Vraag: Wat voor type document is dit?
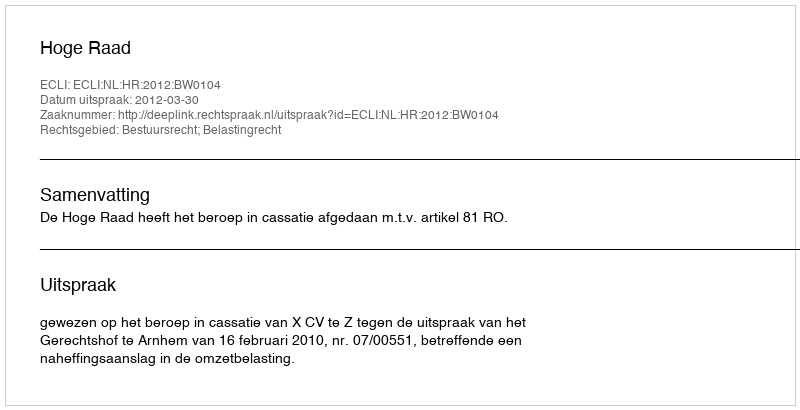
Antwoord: Uitspraak